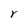
Character: Y